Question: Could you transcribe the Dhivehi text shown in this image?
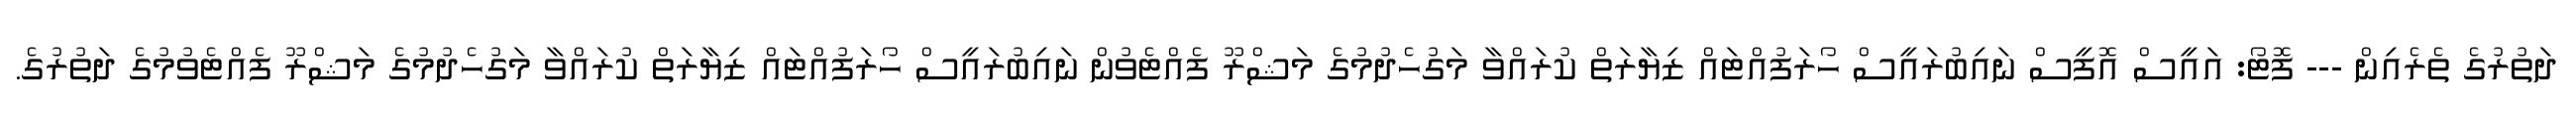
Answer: ދަތުރުގެ ތެރެއިން --- ފޮޓޯ: އައީސް އޮފީސް ނައިބުރައީސް ހޯރަފުއްޓައް ޒިޔާރަތް ކުރައްވާ މަގުހެދުމުގެ މަޝްރޫ ފެއްޓެވުން ނައިބުރައީސް ހޯރަފުއްޓައް ޒިޔާރަތް ކުރައްވާ މަގުހެދުމުގެ މަޝްރޫ ފެއްޓެވުމުގެ ދަތުރުގެ.